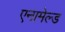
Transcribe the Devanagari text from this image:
एनामेल्ड